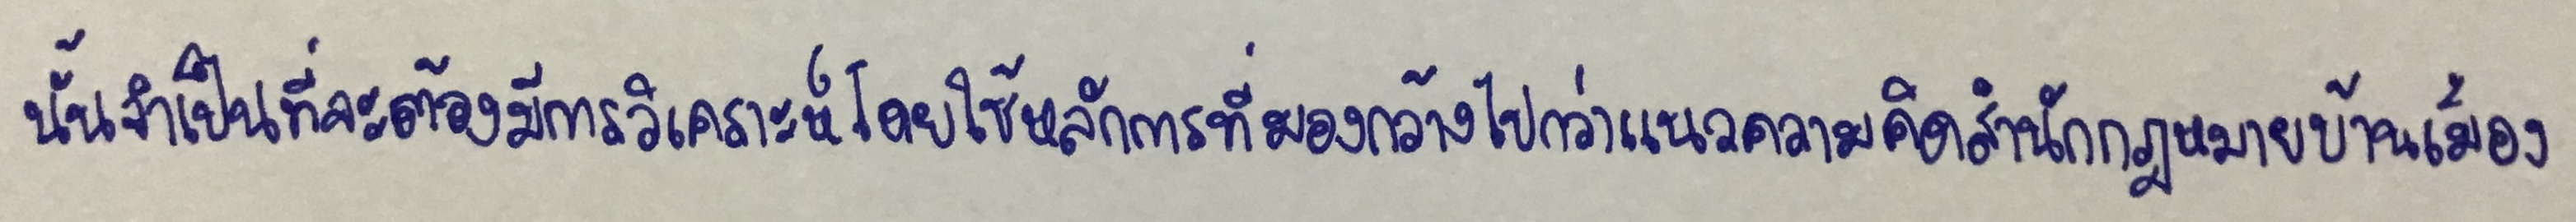
นั้นจำเป็นที่จะต้องมีการวิเคราะห์โดยใช้หลักการที่มองกว้างไปกว่าแนวความคิดสำนักกฎหมายบ้านเมือง